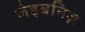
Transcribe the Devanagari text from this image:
लेइबनिज़